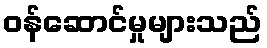
ဝန်ဆောင်မှုများသည်